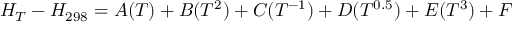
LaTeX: H _ { T } - H _ { 2 9 8 } = A ( T ) + B ( T ^ { 2 } ) + C ( T ^ { - 1 } ) + D ( T ^ { 0 . 5 } ) + E ( T ^ { 3 } ) + F